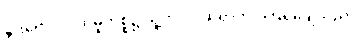
နွားရောင်းဝယ်မှုကိစ္စ၌ သူ့ကိုပင် ဆရာတင်ကြရချေသည်။